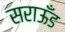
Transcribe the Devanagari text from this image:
सराऊँड